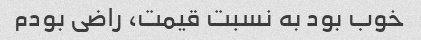
خوب بود به نسبت قیمت، راضی بودم